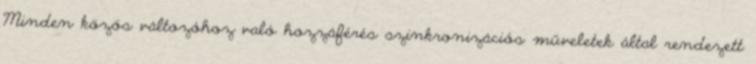
Minden közös változóhoz való hozzáférés szinkronizációs műveletek által rendezett